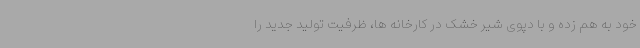
خود به هم زده و با دپوی شیر خشک در کارخانه ها، ظرفیت تولید جدید را